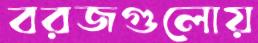
বরজগুলোয়